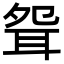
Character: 𦕕